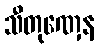
သီတုဏှေန